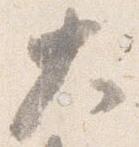
大